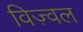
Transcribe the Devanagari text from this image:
विज़्वल